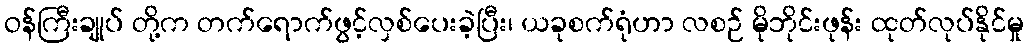
ဝန်ကြီးချုပ် တို့က တက်ရောက်ဖွင့်လှစ်ပေးခဲ့ပြီး၊ ယခုစက်ရုံဟာ လစဉ် မိုဘိုင်းဖုန်း ထုတ်လုပ်နိုင်မှု